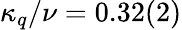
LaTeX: \kappa_{q}/\nu=0.32(2)